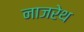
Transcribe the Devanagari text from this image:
नाजरेथ